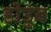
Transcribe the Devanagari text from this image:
होउुन